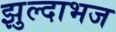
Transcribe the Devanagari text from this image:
झुल्दाभज